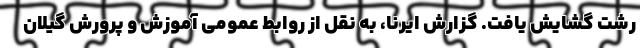
رشت گشایش یافت. گزارش ایرنا، به نقل از روابط عمومی آموزش و پرورش گیلان